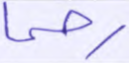
رحما